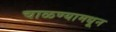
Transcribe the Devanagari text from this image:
चाळण्यामधून